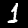
Label: 1